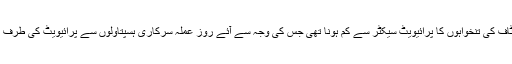
افرادی قوت میں کمی کی ایک وجہ سرکاری شعبے میں ڈاکٹرز اور دیگر سٹاف کی تنخواہوں کا پرائیویٹ سیکٹر سے کم ہونا تھی جس کی وجہ سے آئے روز عملہ سرکاری ہسپتاولوں سے پرائیویٹ کی طرف رخ کررہا تھا اور دور دراز کے علاقوں میں یہ مسئلہ نسبتاً زیادہ سنگین تھا۔